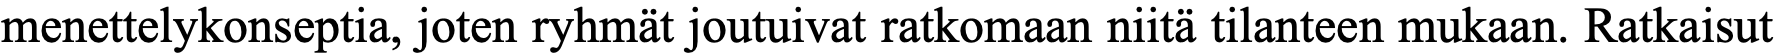
menettelykonseptia, joten ryhmät joutuivat ratkomaan niitä tilanteen mukaan. Ratkaisut